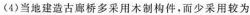
(4)当地建造古廊桥多采用木制构件，而少采用较为